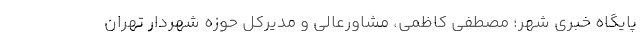
پایگاه خبری شهر؛ مصطفی کاظمی، مشاورعالی و مدیرکل حوزه شهردار تهران